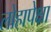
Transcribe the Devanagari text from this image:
लोहापेक्षा